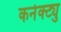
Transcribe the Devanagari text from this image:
कनेक्ट्यु